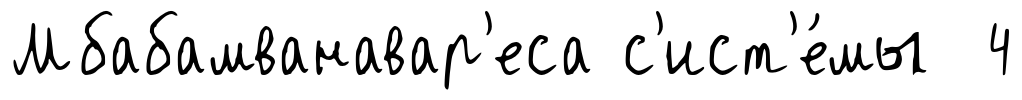
Мбабамванавар'еса с'ист'е́мы 4